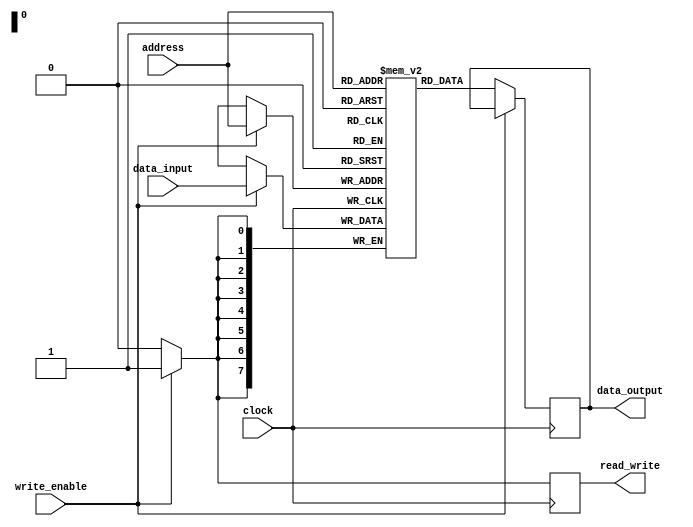
module ram (
    input wire [7:0] address,
    input wire [7:0] data_input,
    input wire write_enable,
    input wire clock,
    output reg [7:0] data_output,
    output reg read_write
);

parameter MEM_SIZE = 256; // Size of memory array

reg [7:0] memory [0:MEM_SIZE-1];

always @(posedge clock) begin
    if(write_enable) begin
        memory[address] <= data_input;
        read_write <= 1'b1; // Indicates write operation
    end else begin
        data_output <= memory[address];
        read_write <= 1'b0; // Indicates read operation
    end
end

endmodule